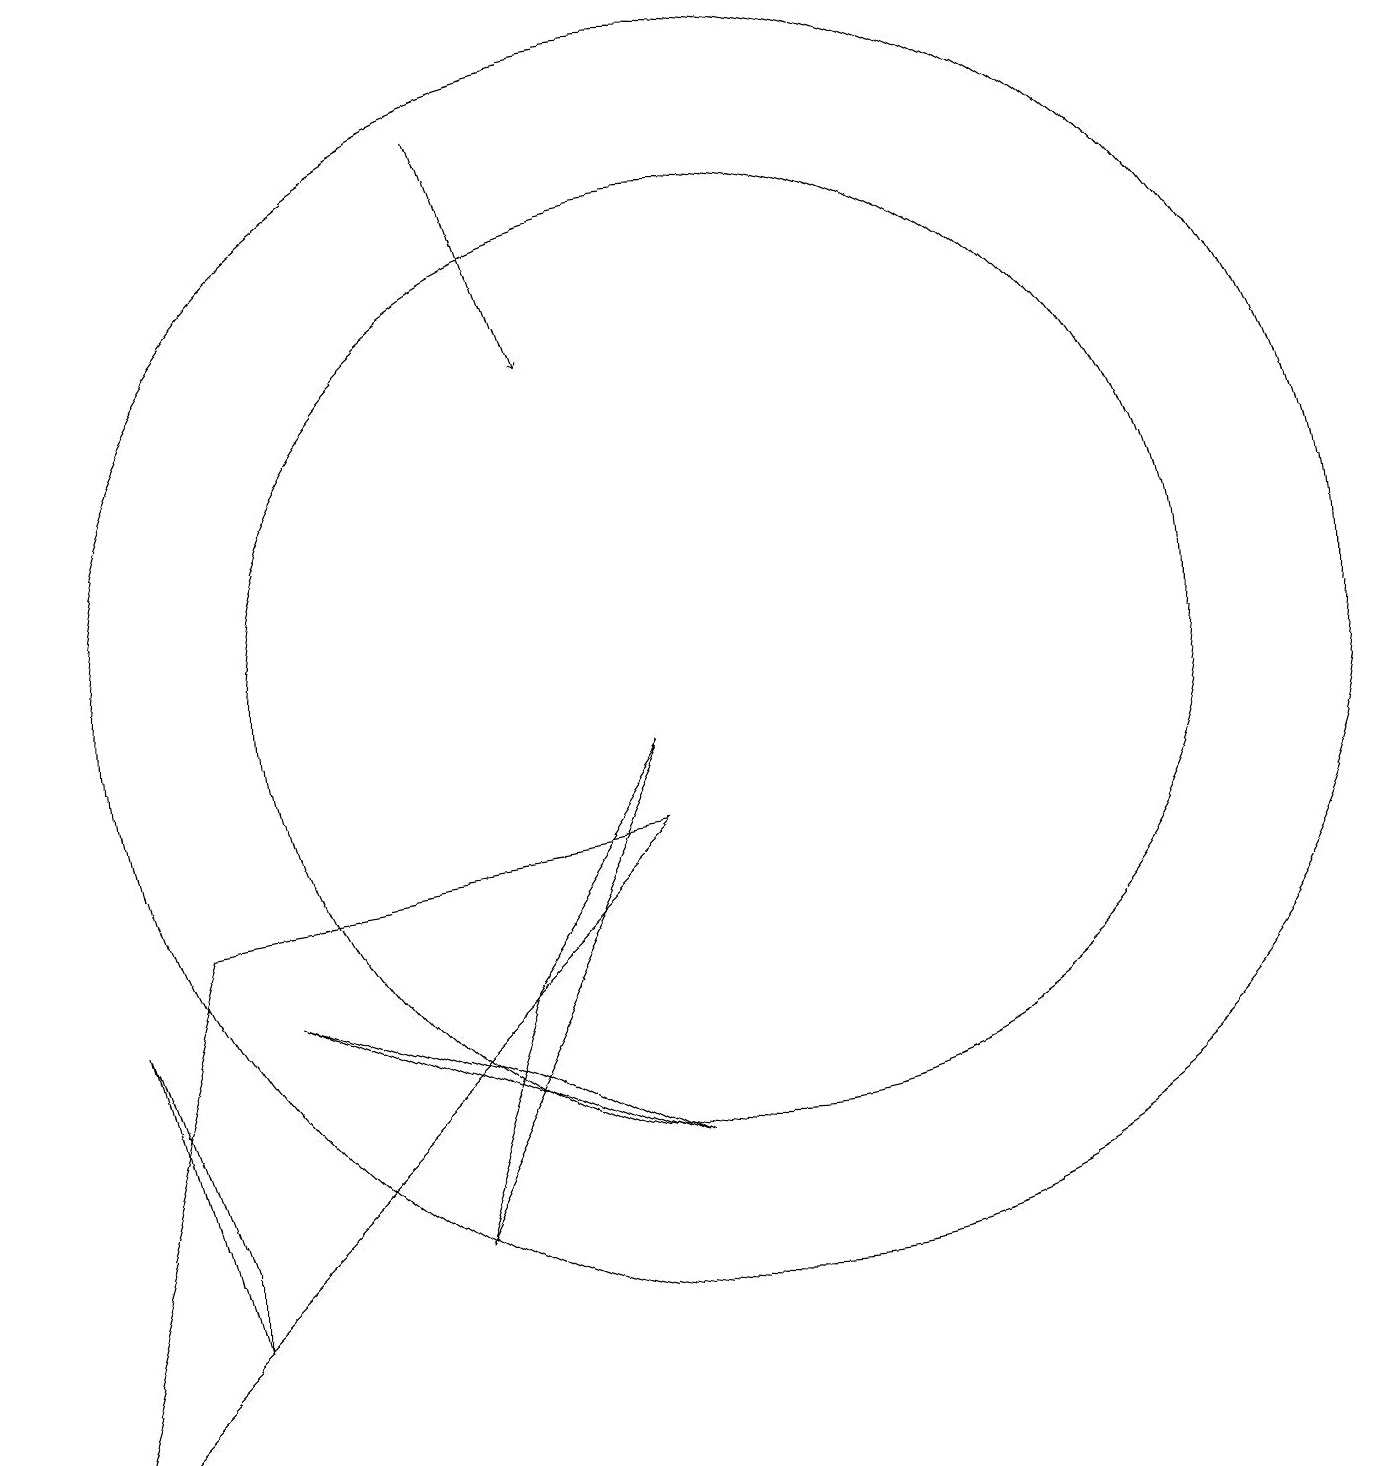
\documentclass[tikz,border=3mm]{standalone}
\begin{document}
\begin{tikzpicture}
\draw (10,10) circle (8);
\draw (6,3) -- (7,6) -- (9,9) -- cycle;
\draw[->] (7,17) -- (8,14);
\draw (3,2) -- (3,3) -- (2,6) -- cycle;
\draw (7,5) -- (4,6) -- (9,4) -- cycle;
\draw (10,10) circle (6);
\draw (3,7) -- (1,0) -- (9,8) -- cycle;
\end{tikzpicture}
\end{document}